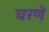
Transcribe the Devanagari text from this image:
घरणे